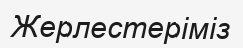
Жерлестеріміз